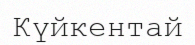
Күйкентай